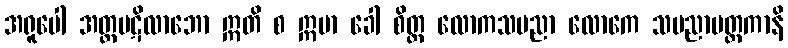
အရူပေါ အတ္တပဋိလာဘော ဣတိ စ ဣမာ ခေါ စိတ္တ လောကသမညာ လောကေ သမညာမတ္တကာနိ